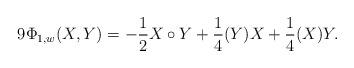
LaTeX: \begin{align*} 9\Phi_{1,w}(X,Y) = -\frac 12 X\circ Y + \frac 14 (Y)X + \frac 14 (X)Y. \end{align*}